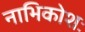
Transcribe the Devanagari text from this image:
नाभिकोशः